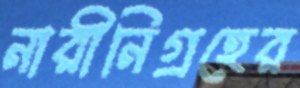
নারীনিগ্রহের